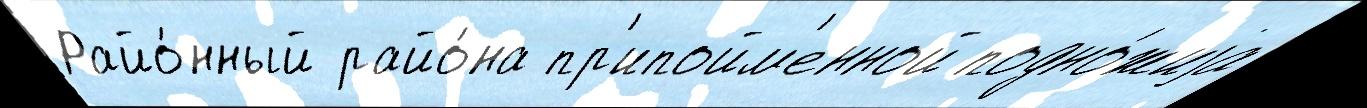
Райо́нный райо́на пр'ипойм'енной подно́жиjа